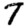
Digit: 7